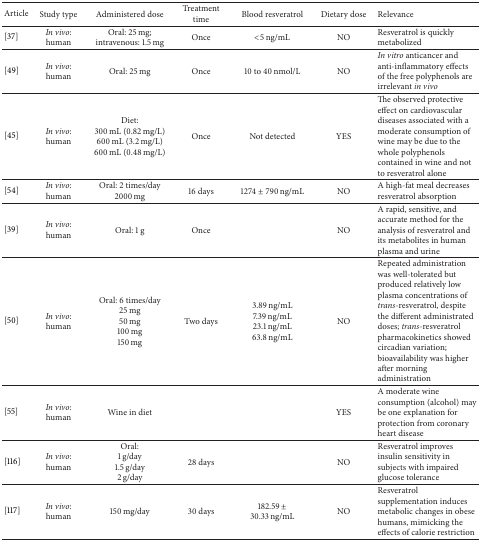
| Article | Study type | Administered dose | Treatment time | Blood resveratrol | Dietary dose | Relevance |
 | --- | --- | --- | --- | --- | --- | --- |
 | [37] | In vivo: human | Oral: 25 mg; intravenous: 1.5 mg | Once | <5 ng/mL | NO | Resveratrol is quickly metabolized |
 | [49] | In vivo: human | Oral: 25 mg | Once | 10 to 40 nmol/L | NO | In vitro anticancer and anti-inflammatory effects of the free polyphenols are irrelevant in vivo |
 | [45] | In vivo: human | Diet:300 mL (0.82 mg/L)600 mL (3.2 mg/L)600 mL (0.48 mg/L) | Once | Not detected | YES | The observed protective effect on cardiovascular diseases associated with a moderate consumption of wine may be due to the whole polyphenols contained in wine and not to resveratrol alone |
 | [54] | In vivo: human | Oral: 2 times/day 2000 mg | 16 days | 1274 ± 790 ng/mL | NO | A high-fat meal decreases resveratrol absorption |
 | [39] | In vivo: human | Oral: 1 g | Once |  | NO | A rapid, sensitive, and accurate method for the analysis of resveratrol and its metabolites in human plasma and urine |
 | [50] | In vivo: human | Oral: 6 times/day25 mg50 mg100 mg150 mg | Two days | 3.89 ng/mL7.39 ng/mL23.1 ng/mL63.8 ng/mL | NO | Repeated administration was well-tolerated but produced relatively low plasma concentrations of trans-resveratrol, despite the different administrated doses; trans-resveratrol pharmacokinetics showed circadian variation; bioavailability was higher after morning administration |
 | [55] | In vivo: human | Wine in diet |  |  | YES | A moderate wine consumption (alcohol) may be one explanation for protection from coronary heart disease |
 | [116] | In vivo: human | Oral:1 g/day1.5 g/day2 g/day | 28 days |  | NO | Resveratrol improves insulin sensitivity in subjects with impaired glucose tolerance |
 | [117] | In vivo: human | 150 mg/day | 30 days | 182.59 ± 30.33 ng/mL | NO | Resveratrol supplementation induces metabolic changes in obese humans, mimicking the effects of calorie restriction |